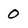
Character: 0